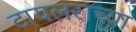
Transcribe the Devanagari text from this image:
टायलराच्या